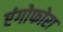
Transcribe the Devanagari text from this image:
एंगोफोरा